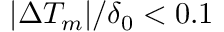
| \Delta T _ { m } | / \delta _ { 0 } < 0 . 1